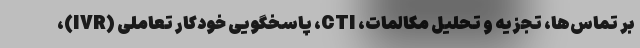
بر تماس‌ها، تجزیه و تحلیل مکالمات، CTI، پاسخگویی خودکار تعاملی (IVR)،